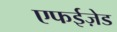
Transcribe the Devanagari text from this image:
एफईज़ेड